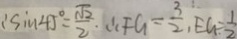
\because \sin 4 5 ^ { \circ } = \frac { \sqrt { 2 } } { 2 } . \therefore F G = \frac { 3 } { 2 } , E G = \frac { 1 } { 2 }